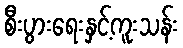
စီးပွားရေးနှင့်ကူးသန်း